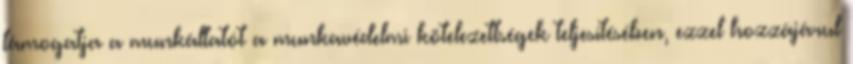
támogatja a munkáltatót a munkavédelmi kötelezettségek teljesítésében, ezzel hozzájárul